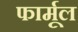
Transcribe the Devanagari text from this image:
फार्मूल